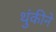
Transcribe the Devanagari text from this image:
थुंकीने